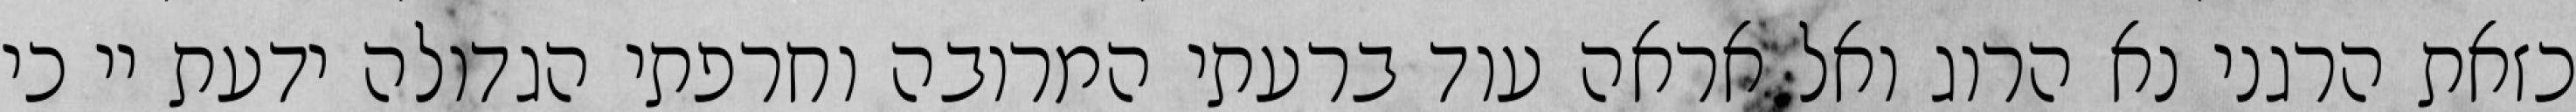
כזאת הרגני נא הרוג ואל אראה עוד ברעתי המרובה וחרפתי הגדולה ידעת יי כי